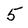
Character: 5